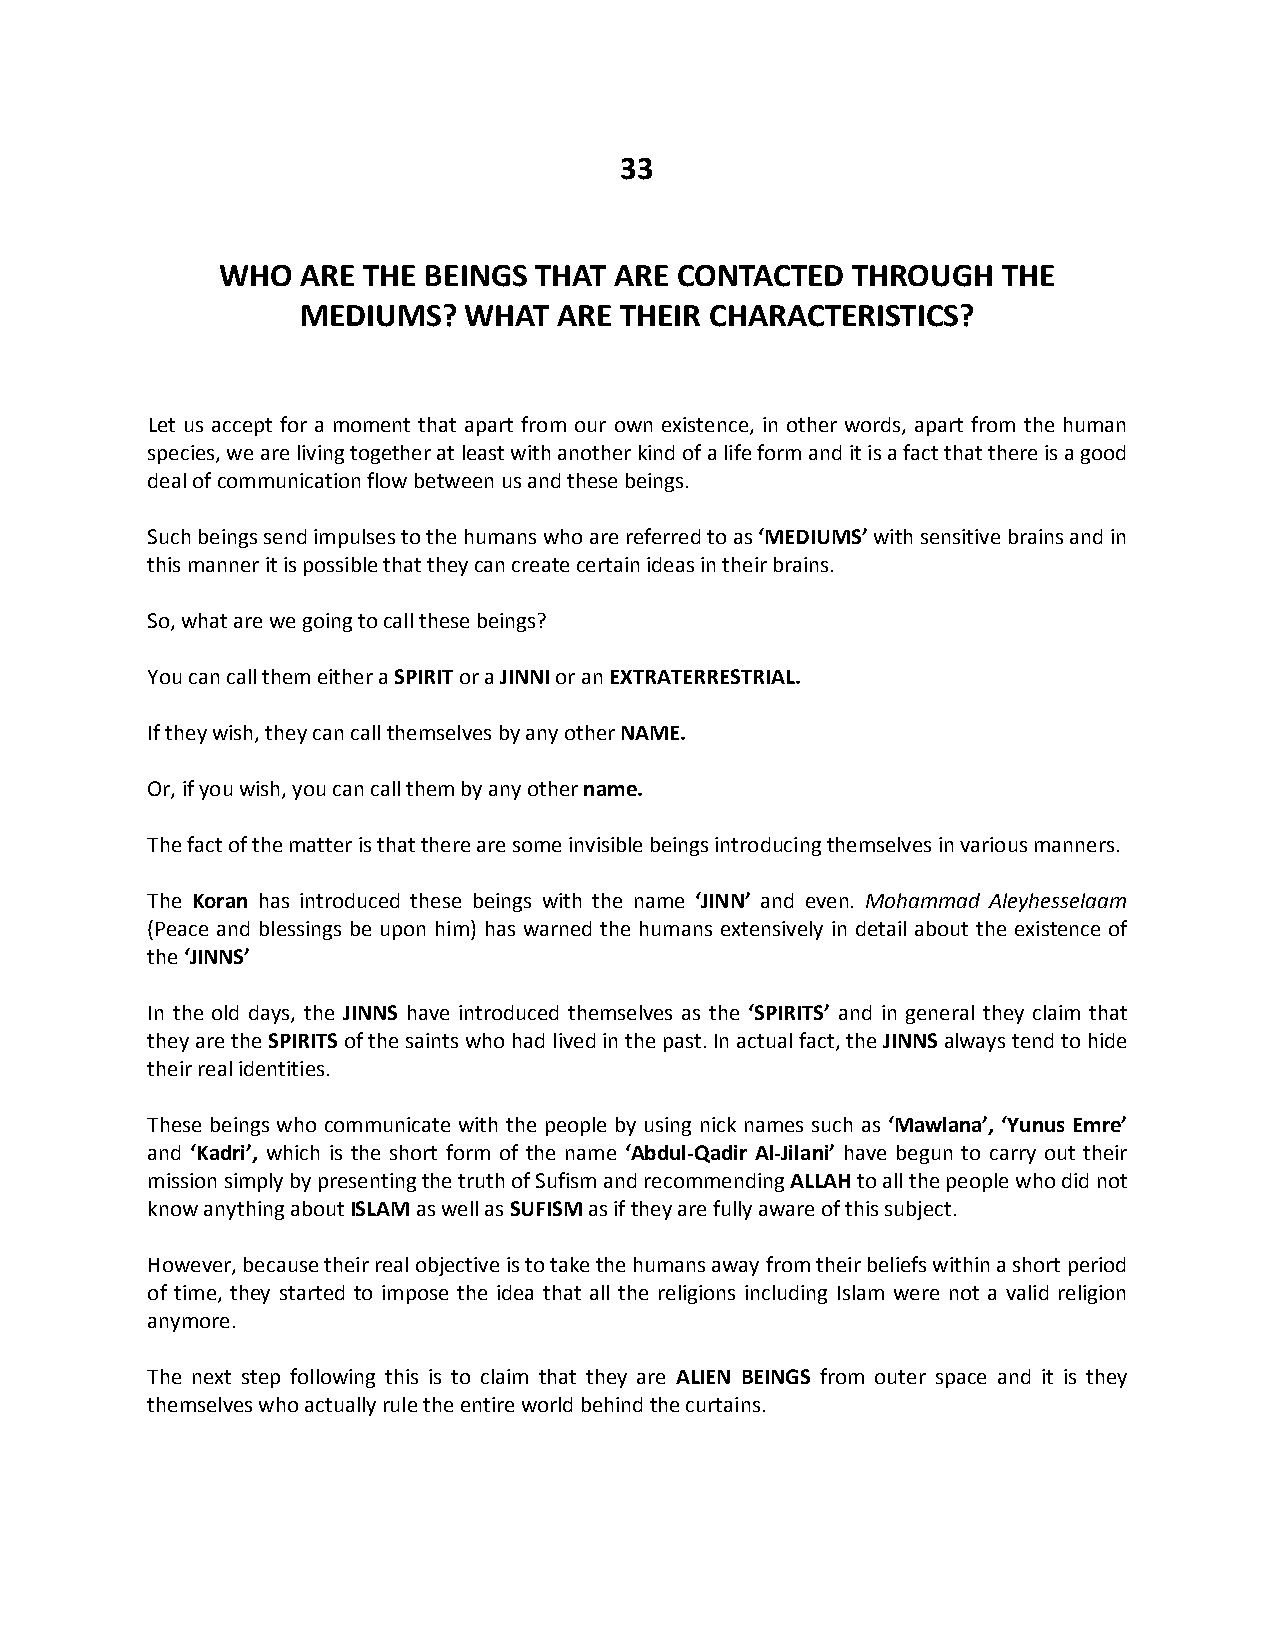
33
 WHO  ARE THE BEINGS THAT  ARE CONTACTED  THROUGH   THE
 MEDIUMS?   WHAT  ARE THEIR CHARACTERISTICS?
 Let us accept for a moment that apart from our own existence, in other words, apart from the human
 species, we are living together at least with another kind of a life form and it is a fact that there is a good
 deal of communication flow between us and these beings.
 Such beings send impulses to the humans who are referred to as ‘MEDIUMS’ with sensitive brains and in
 this manner it is possible that they can create certain ideas in their brains.
 So, what are we going to call these beings?
 You can call them either a SPIRIT or a JINNI or an EXTRATERRESTRIAL.
 If they wish, they can call themselves by any other NAME.
 Or, if you wish, you can call them by any other name.
 The fact of the matter is that there are some invisible beings introducing themselves in various manners.
 The Koran has introduced these beings with the name ‘JINN’ and even. Mohammad Aleyhesselaam
 (Peace and blessings be upon him) has warned the humans extensively in detail about the existence of
 the ‘JINNS’
 In the old days, the JINNS have introduced themselves as the ‘SPIRITS’ and in general they claim that
 they are the SPIRITS of the saints who had lived in the past. In actual fact, the JINNS always tend to hide
 their real identities.
 These beings who communicate with the people by using nick names such as ‘Mawlana’, ‘Yunus Emre’
 and ‘Kadri’, which is the short form of the name ‘Abdul-Qadir Al-Jilani’ have begun to carry out their
 mission simply by presenting the truth of Sufism and recommending ALLAH to all the people who did not
 know anything about ISLAM as well as SUFISM as if they are fully aware of this subject.
 However, because their real objective is to take the humans away from their beliefs within a short period
 of time, they started to impose the idea that all the religions including Islam were not a valid religion
 anymore.
 The next step following this is to claim that they are ALIEN BEINGS from outer space and it is they
 themselves who actually rule the entire world behind the curtains.